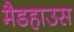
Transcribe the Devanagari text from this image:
मैडहाउस